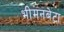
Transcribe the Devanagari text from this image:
भीमनबेटा